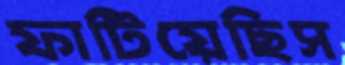
ফাটিয়েছিস